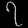
Digit: ၇